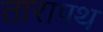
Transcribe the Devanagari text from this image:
तारापथ